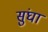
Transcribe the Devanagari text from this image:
सुंघा